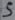
Text: S